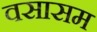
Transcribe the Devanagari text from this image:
वसासम